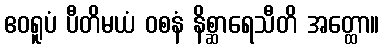
ဧဝရူပံ ပီတိမယံ ဝစနံ နိစ္ဆာရေသီတိ အတ္ထော။